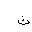
Letter: _tha